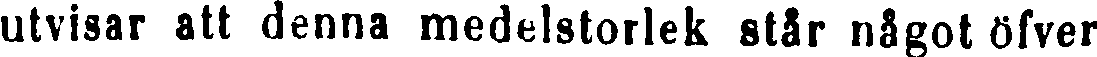
utvisar att denna medelstorlek står något öfver